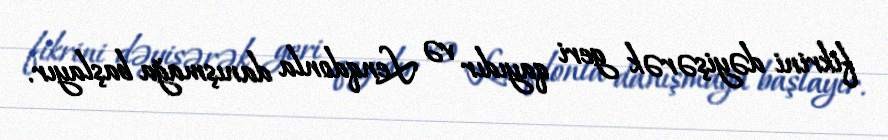
fikrini dəyişərək geri qayıdır və Lenqdonla danışmağa başlayır.